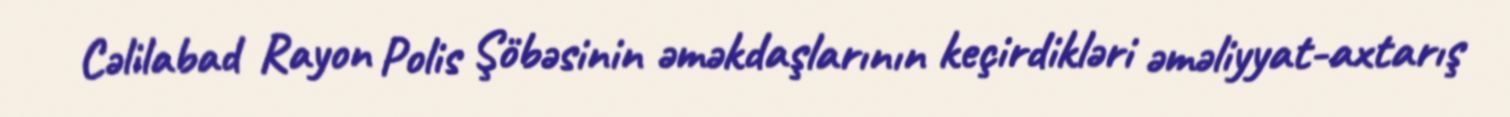
Cəlilabad Rayon Polis Şöbəsinin əməkdaşlarının keçirdikləri əməliyyat-axtarış